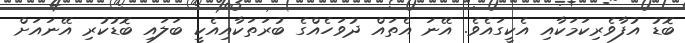
ބޮޑު އުފާވެރިކަމަކާއި އެކީގައެވެ. އޭނަ އެތައް ދުވަހެއްގެ ބުރަތަކާއިއެކީ ބަލައި ބޮޑުކުރި އޭނައަށް